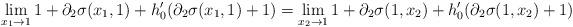
LaTeX: \begin{align*} \lim_{x_1 \to 1} 1+\partial_2 \sigma(x_1, 1)+h_0'(\partial_2 \sigma(x_1, 1) + 1) & = \lim_{x_2 \to 1}1+\partial_{2} \sigma( 1, x_2)+h_0'(\partial_{2} \sigma( 1, x_2) + 1) \end{align*}